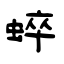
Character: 蜶